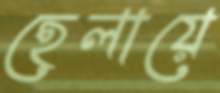
হেলায়ে